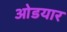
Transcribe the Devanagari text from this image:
ओडयार